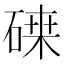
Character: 𥔫